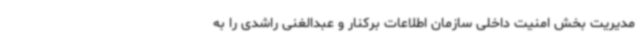
مدیریت بخش امنیت داخلی سازمان اطلاعات برکنار و عبدالغنی راشدی را به